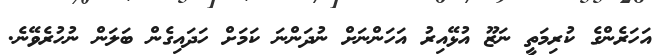
އަހަރެންގެ ކުރިމަތީ ނަޒޫ އުޅޭއިރު އަހަންނަށް ނުދަންނަ ކަމަށް ހަދައިގެން ބަލަން ނުހުރެވޭނެ.